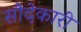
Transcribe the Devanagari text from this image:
सौदेकारी